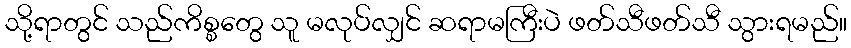
သို့ရာတွင် သည်ကိစ္စတွေ သူ မလုပ်လျှင် ဆရာမကြီးပဲ ဖတ်သီဖတ်သီ သွားရမည်။